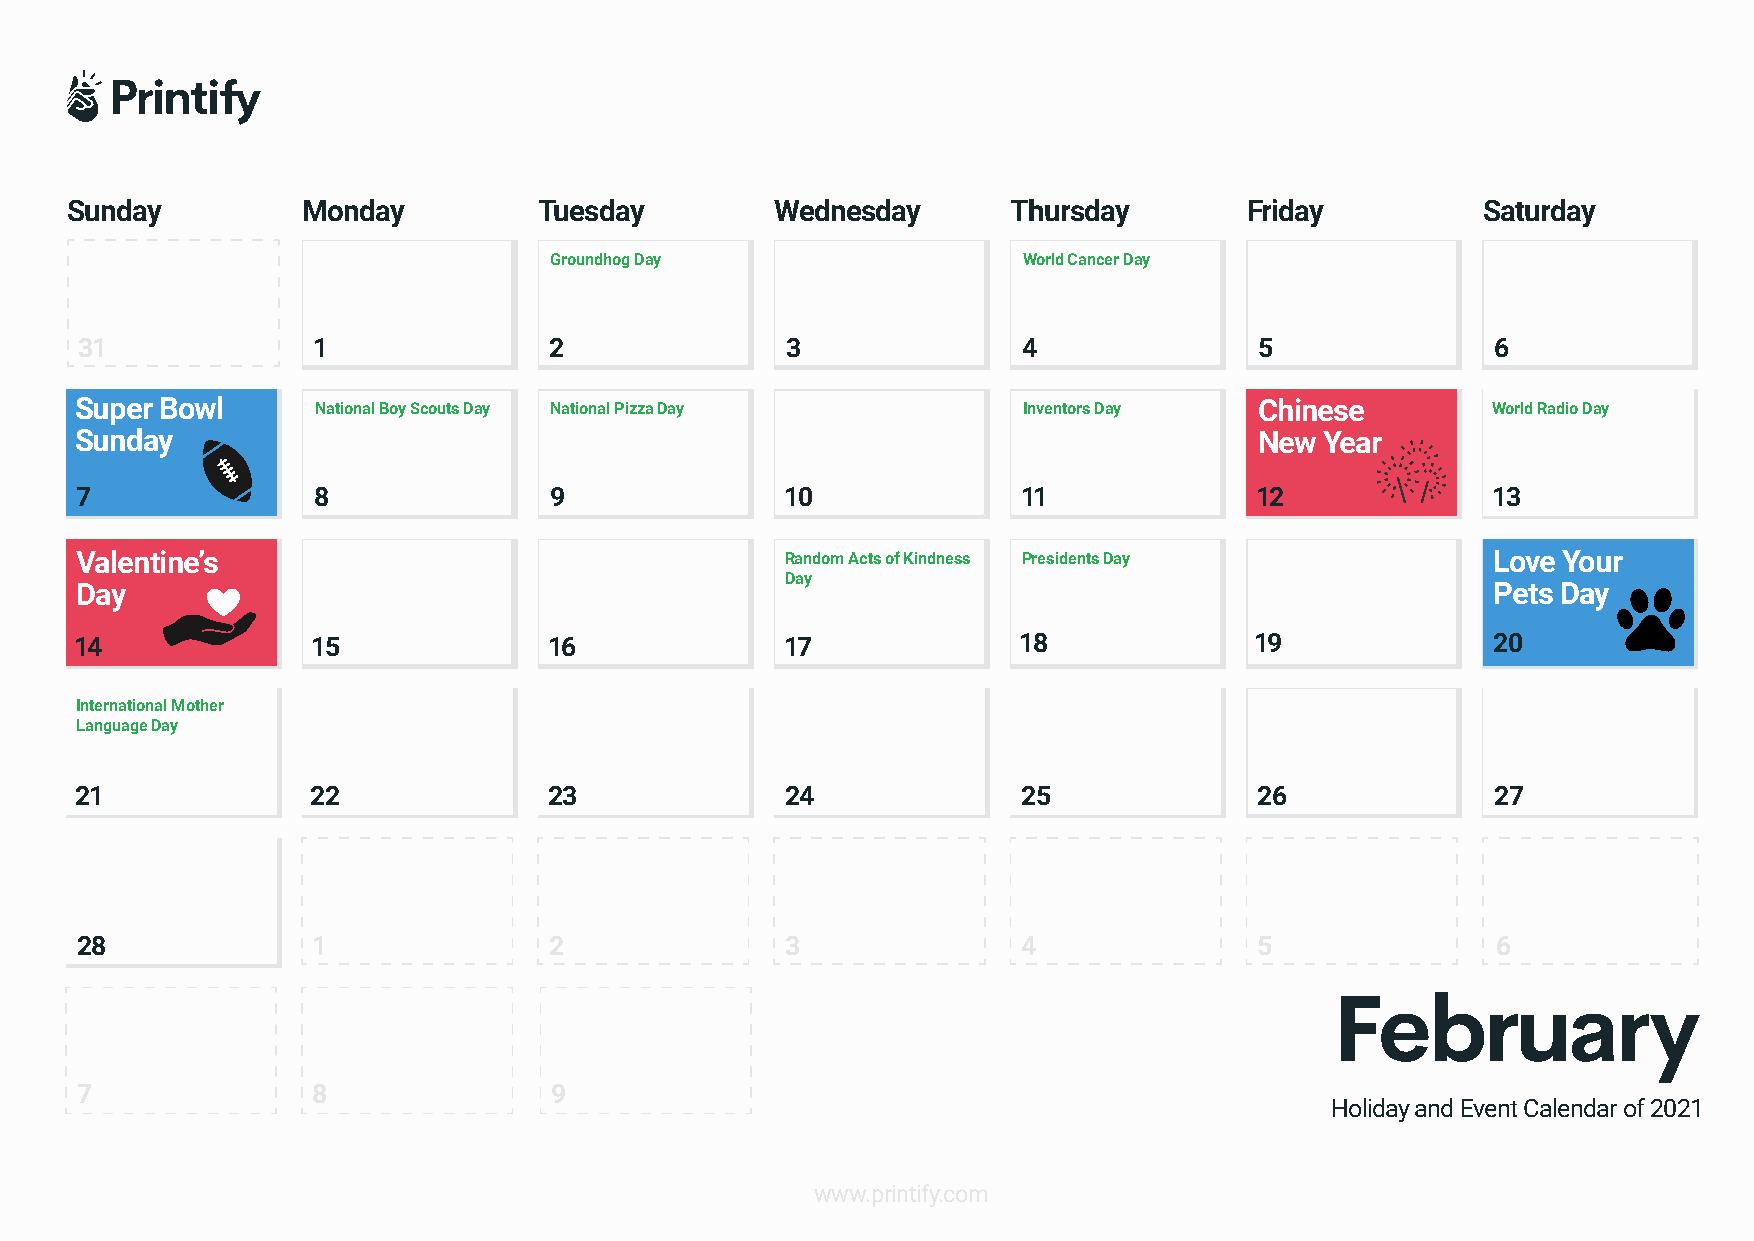
Sunday          Monday          Tuesday        Wednesday       Thursday        Friday         Saturday
 Groundhog Day                   World Cancer Day
 31              1              2               3               4              5               6
 Super Bowl      National Boy Scouts Day National Pizza Day     Inventors Day  Chinese         World Radio Day
 Sunday                                                                        New  Year
 7               8              9               10              11             12              13
 Valentine’s                                    Random Acts of Kindness Presidents Day         Love Your
 Day
 Day                                                                                           Pets Day
 14              15             16              17             18              19              20
 International Mother
 Language Day
 21              22             23              24              25             26              27
 28              1              2               3               4              5               6
 7               8              9
 Holiday and Event Calendar of 2021
 www.printify.com